Annual administration report of the Civil Veterinary Department of India - 1894-1895
Year: 1894
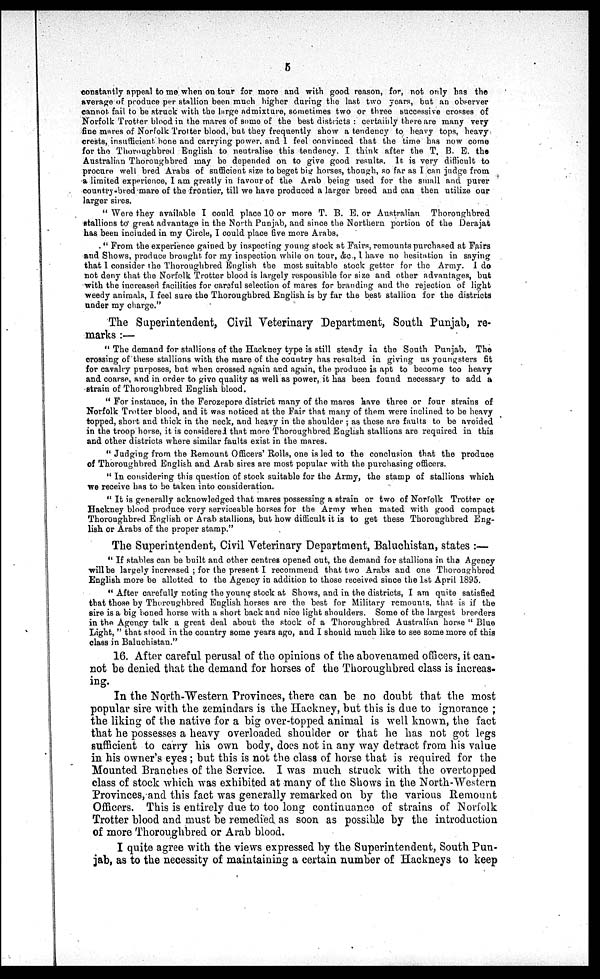
5
constantly appeal to me when on tour for more and with good reason, for, not only has the
average of produce per stallion been much higher during the last two years, but an observer
cannot fail to be struck with the large admixture, sometimes two or three successive crosses of
Norfolk Trotter blood in the mares of some of the best districts: certainly there are many very
fine mares of Norfolk Trotter blood, but they frequently show a tendency to heavy tops, heavy
crests, insufficient hone and carrying power, and 1 feel convinced that the time has now come
for the Thoroughbred English to neutralise this tendency. I think after the T. B. E. the
Australian Thoroughbred may be depended on to give good results. It is very difficult to
procure well bred Arabs of sufficient size to beget big horses, though, so far as I can judge from
a limited experience, I am greatly in favour of the Arab being used for the small and purer
country-bred mare of the frontier, till we have produced a larger breed and can then utilize our
larger sires.
"Were they available I could place 10 or more T. B. E. or Australian
Thoroughbred
stallions to great advantage in the North Punjab, and since the Northern portion of the Derajat
has been included in my Circle, I could place five more Arabs.
"From the experience gained by inspecting young stock at Fairs, remounts purchased at Fairs
and Shows, produce brought for my inspection while on tour, &c., I have no hesitation in saying
that I consider the Thoroughbred English the most suitable stock getter for the Army. I do
not deny that the Norfolk Trotter blood is largely responsible for size and other advantages, but
with the increased facilities for careful selection of mares for branding and the rejection of light
weedy animals, I feel sure the Thoroughbred English is by far the best stallion for the districts
under my charge."
The Superintendent, Civil Veterinary Department, South Punjab, re-
marks:—
"The demand for stallions of the Hackney type is still steady in the South Punjab. The
crossing of these stallions with the mare of the country has resulted in giving us youngsters fit
for cavalry purposes, but when crossed again and again, the produce is apt to become too heavy
and coarse, and in order to give quality as well as power, it has been found necessary to add a
strain of Thoroughbred English blood.
"For instance, in the Ferozepore district many of the mares have three or four strains of
Norfolk Trotter blood, and it was noticed at the Fair that many of them were inclined to be heavy
topped, short and thick in the neck, and heavy in the shoulder; as these are faults to be avoided
in the troop horse, it is considered that more Thoroughbred English stallions are required in this
and other districts where similar faults exist in the mares.
"Judging from the Remount Officers' Rolls, one is led to the conclusion that the produce
of Thoroughbred English and Arab sires are most popular with the purchasing officers.
"In considering this question of stock suitable for the Army, the stamp of stallions which
we receive has to be taken into consideration.
"It is generally acknowledged that mares possessing a strain or two of Norfolk Trotter or
Hackney blood produce very serviceable horses for the Army when mated with good compact
Thoroughbred English or Arab stallions, but how difficult it is to get these Thoroughbred Eng-
lish or Arabs of the proper stamp."
The Superintendent, Civil Veterinary Department, Baluchistan, states:—
"If stables can be built and other centres opened out, the demand for stallions in the Agency
will be largely increased; for the present I recommend that two Arabs and one Thoroughbred
English more be allotted to the Agency in addition to those received since the 1st April 1895.
"After carefully noting the young stock at Shows, and in the districts, I am quite satisfied
that those by Thoroughbred English horses are the best for Military remounts, that is if the
sire is a big boned horse with a short back and nice light shoulders. Some of the largest breeders
in the Agency talk a great deal about the stock of a Thoroughbred Australian horse "Blue
Light," that stood in the country some years ago, and I should much like to see some more of this
class in Baluchistan."
16. After careful perusal of the opinions of the abovenamed officers, it can-
not be denied that the demand for horses of the Thoroughbred class is increas-
ing.
In the North-Western Provinces, there can be no doubt that the most
popular sire with the zemindars is the Hackney, but this is due to ignorance;
the liking of the native for a big over-topped animal is well known, the fact
that he possesses a heavy overloaded shoulder or that he has not got legs
sufficient to carry his own body, does not in any way detract from his value
in his owner's eyes; but this is not the class of horse that is required for the
Mounted Branches of the Service. I was much struck with the overtopped
class of stock which was exhibited at many of the Shows in the North-Western
Provinces, and this fact was generally remarked on by the various Remount
Officers. This is entirely due to too long continuance of strains of Norfolk
Trotter blood and must be remedied as soon as possible by the introduction
of more Thoroughbred or Arab blood.
I quite agree with the views expressed by the Superintendent, South Pun-
jab, as to the necessity of maintaining a certain number of Hackneys to keep